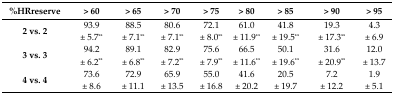
<table><thead><tr><td><b>%HRreserve</b></td><td><b>&gt; 60</b></td><td><b>&gt; 65</b></td><td><b>&gt; 70</b></td><td><b>&gt; 75</b></td><td><b>&gt; 80</b></td><td><b>&gt; 85</b></td><td><b>&gt; 90</b></td><td><b>&gt; 95</b></td></tr></thead><tbody><tr><td><b>2 vs. 2</b></td><td>93.9 ± 5.7<sup>**</sup></td><td>88.5 ± 7.1<sup>**</sup></td><td>80.6 ± 7.1<sup>**</sup></td><td>72.1 ± 8.0<sup>**</sup></td><td>61.0 ± 11.9<sup>**</sup></td><td>41.8 ± 19.5<sup>**</sup></td><td>19.3 ± 17.3<sup>**</sup></td><td>4.3 ± 6.9</td></tr><tr><td><b>3 vs. 3</b></td><td>94.2 ± 6.2<sup>**</sup></td><td>89.1 ± 6.8<sup>**</sup></td><td>82.9 ± 7.2<sup>**</sup></td><td>75.6 ± 7.9<sup>**</sup></td><td>66.5 ± 11.6<sup>**</sup></td><td>50.1 ± 19.6<sup>**</sup></td><td>31.6 ± 20.9<sup>**</sup></td><td>12.0 ± 13.7</td></tr><tr><td><b>4 vs. 4</b></td><td>73.6 ± 8.6</td><td>72.9 ± 11.1</td><td>65.9 ± 13.5</td><td>55.0 ± 16.8</td><td>41.6 ± 20.2</td><td>20.5 ± 19.7</td><td>7.2 ± 12.2</td><td>1.9 ± 5.1</td></tr></tbody></table>